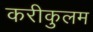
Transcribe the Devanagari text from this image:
करीकुलम